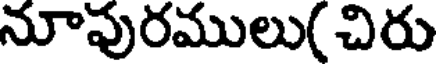
నూవురములు( చిరు